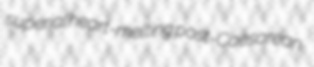
superial heart-melting post-Caesarean